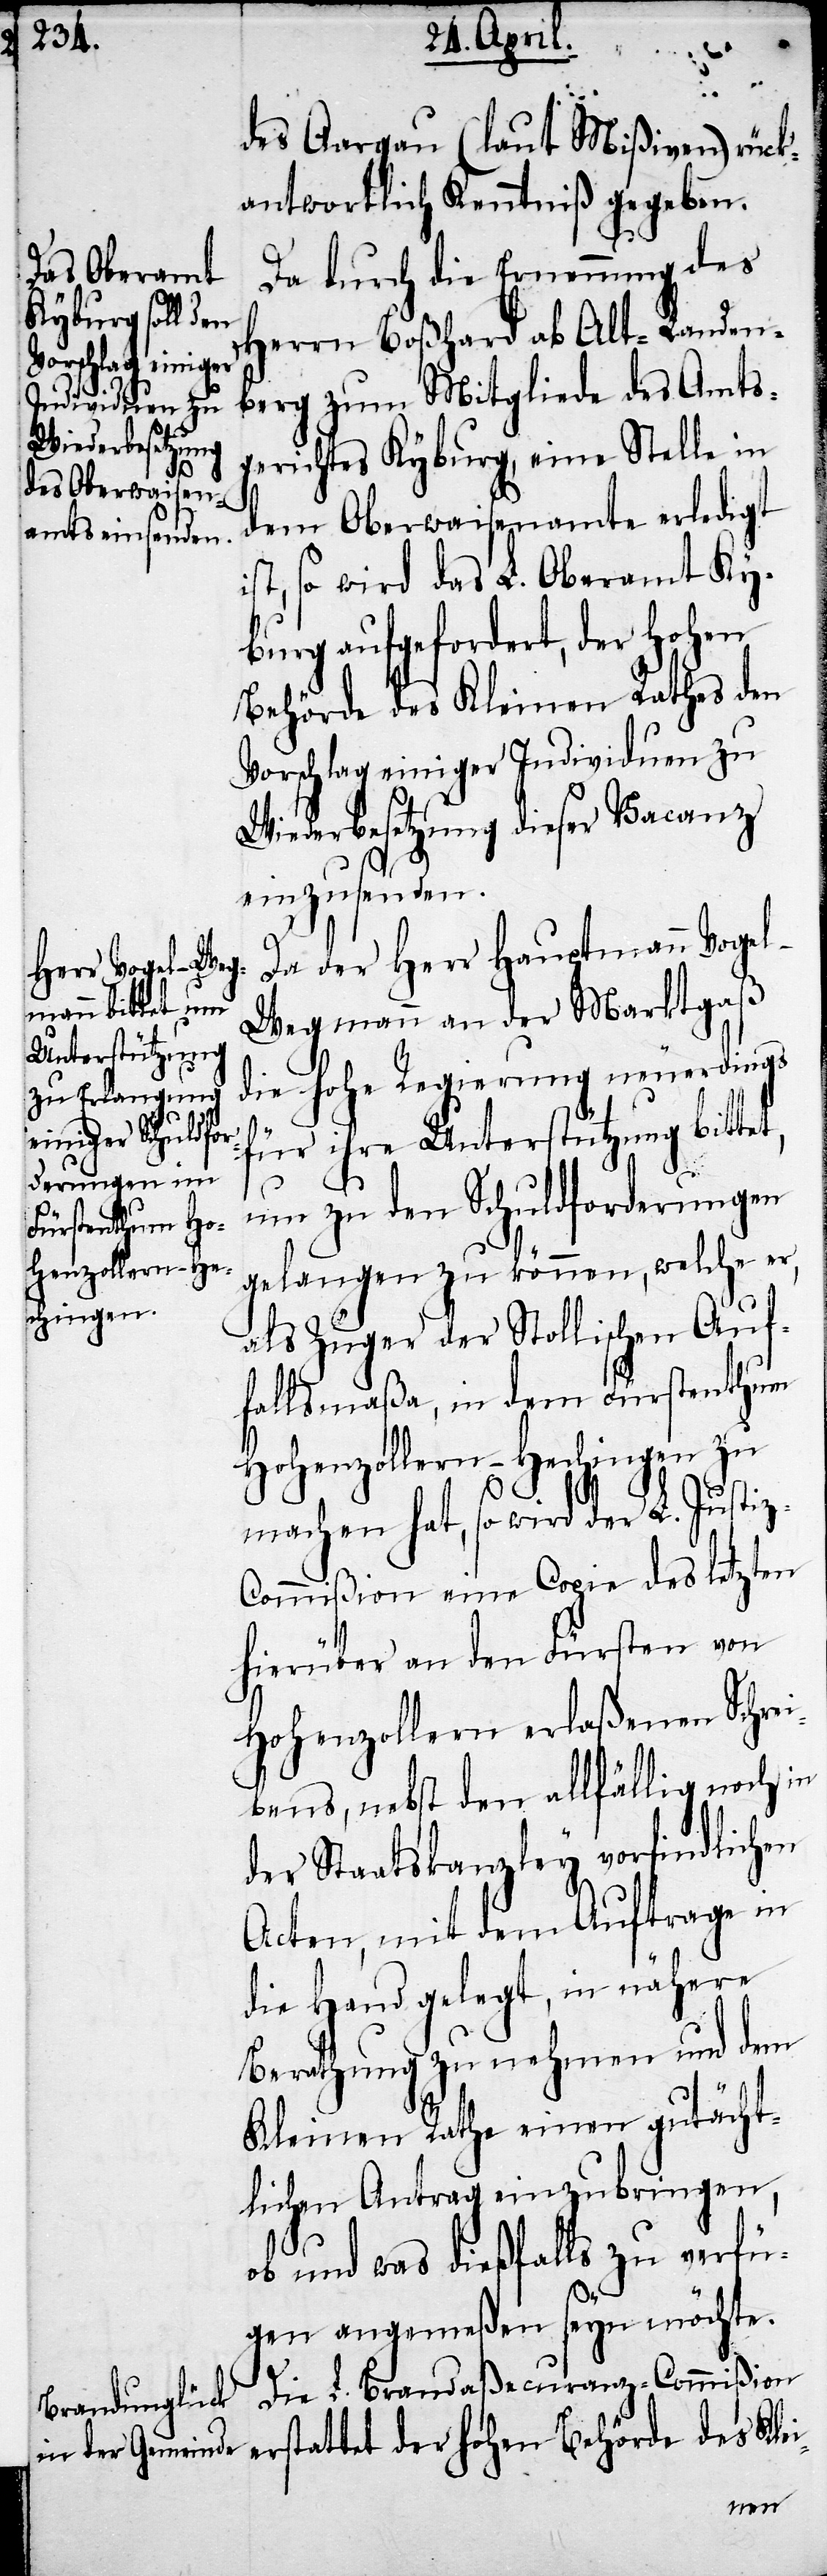
des Aargau (laut Mißiven) rück¬
antwortlich Kenntniß gegeben.
Da durch die Ernennung der
Herrn Boßhard ab Alt-Landen¬
berg zum Mitgliede des Amts¬
gerichtes Kyburg, eine Stelle in
dem Oberwaisenamte erledigt
ist, so wird das L. Oberamt Ky¬
burg aufgefordert, der hohen
Behörde des Kleinen Rathes den
Vorschlag einiger Individuen zu
Wiederbesetzung dieser Vacanz
einzusenden.
Da der Herr Hauptmann Voge¬
l-Wegmann an der Marktgaß
die hohe Regierung neuerdings
für ihre Unterstützung bitte¬
e¬
nun zu den Schuldforderungen
gelangen zu können, welche er,
als Zuger der Stollischen Auf¬
fallsmaßa, in dem Fürstenthum
Hohenzollern-Hechingen zu
machen hat, so wird der L. Justi¬
ommißion eine Copie des letzten
z-C¬
hierüber an den Fürsten von
Hohenzollern erlaßenen Schrei¬
bens, nebst den allfällig noch in
der Staatskanzley vorfindlichen
Acten, mit dem Auftrage in
die Hand gelegt, in nähere
Berathung zu nehmen und dem
Kleinen Rathe einen gutächt¬
lichen Antrag einzubringen,
ob und was dießfalls zu verfü¬
gen angemeßen seyn möchte.
Die L. Brandaßecuranz-Commißion
rstattet der hohe Behörde des Klei-